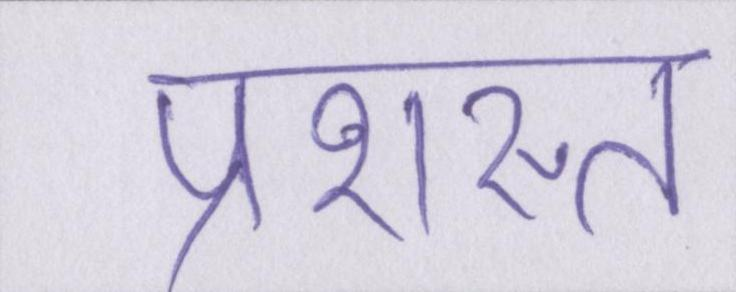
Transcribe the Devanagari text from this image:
प्रशस्त